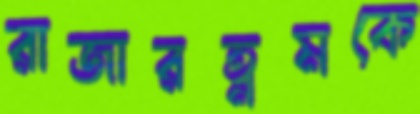
রাজারত্নমকে